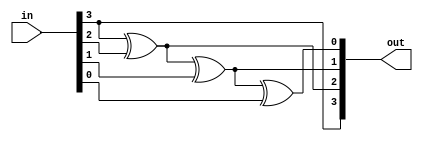
module g2b(input [3:0]in,output [3:0]out);
  assign out[3] = in[3];
  assign out[2] = out[3] ^ in[2];
  assign out[1] = out[2] ^ in[1];
  assign out[0] = out[1] ^ in[0];
endmodule